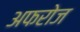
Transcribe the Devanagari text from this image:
अफरोज